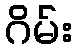
ဂိမ်း